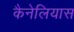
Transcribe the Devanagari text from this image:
कैनेलियास